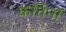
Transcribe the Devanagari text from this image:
कत्तिनों